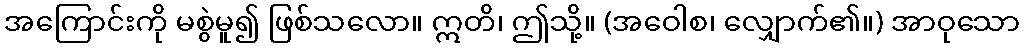
အကြောင်းကို မစွဲမူ၍ ဖြစ်သလော။ ဣတိ၊ ဤသို့။ (အဝေါစ၊ လျှောက်၏။) အာဝုသော